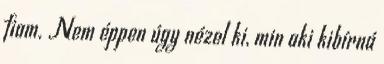
fiam. Nem éppen úgy nézel ki, min aki kibírná